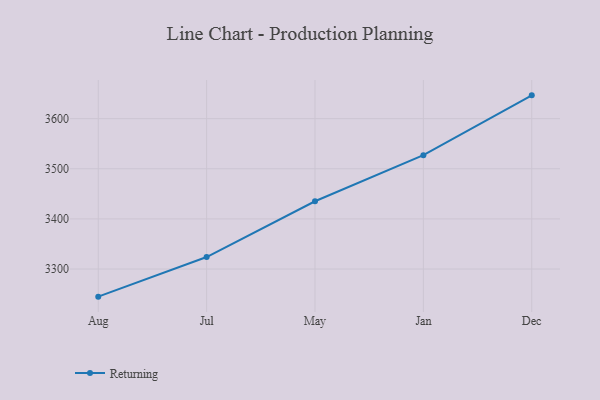
{"axis": {"x": "Month", "y": "Gross Profit (USD K)"}, "legend": ["Returning"], "data": [{"x": "Aug", "y": 3244.9, "type": "Returning"}, {"x": "Jul", "y": 3323.9, "type": "Returning"}, {"x": "May", "y": 3435.2, "type": "Returning"}, {"x": "Jan", "y": 3527.2, "type": "Returning"}, {"x": "Dec", "y": 3646.5, "type": "Returning"}]}